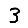
Digit: 3